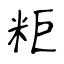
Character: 粔